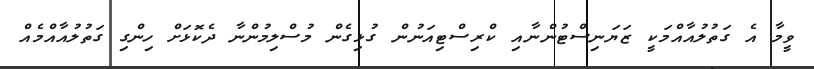
ވީމާ އެ ގަތުލުއާއްމަކީ ޒަޔަނިސްޓުންނާއި ކްރިސްޓިއަނުން ގުޅިގެން މުސްލިމުންނާ ދެކޮޅަށް ހިންގި ގަތުލުއާއްމެއް